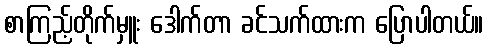
စာကြည့်တိုက်မှူး ဒေါက်တာ ခင်သက်ထားက ပြောပါတယ်။